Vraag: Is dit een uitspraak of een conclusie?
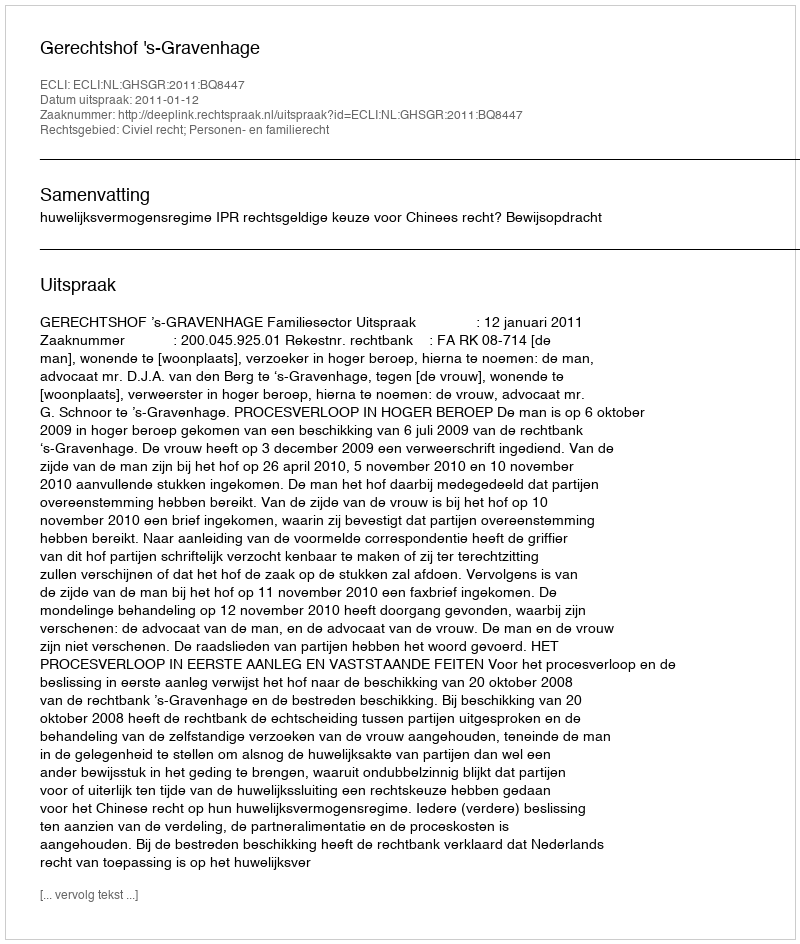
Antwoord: Uitspraak